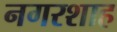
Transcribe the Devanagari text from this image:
नगरशाह